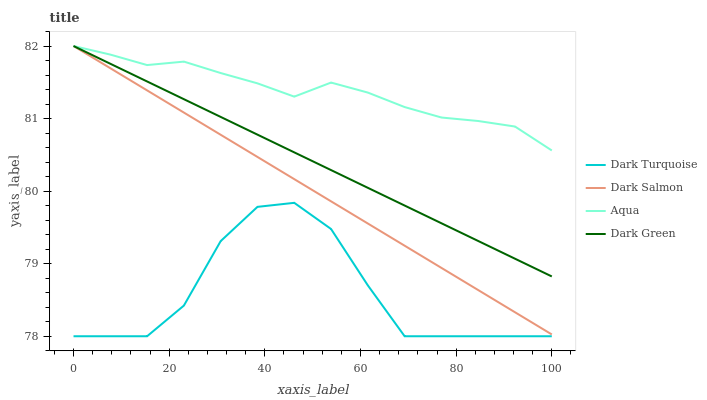
| xaxis_label | Dark Turquoise | Dark Salmon | Aqua | Dark Green |
 | --- | --- | --- | --- | --- |
 | 0 | 78 | 82 | 82 | 82 |
 | 7.69 | 78 | 81.7 | 81.9 | 81.8 |
 | 15.4 | 78 | 81.4 | 81.7 | 81.5 |
 | 23.1 | 78.4 | 81.1 | 81.8 | 81.3 |
 | 30.8 | 79.3 | 80.8 | 81.6 | 81 |
 | 38.5 | 79.8 | 80.5 | 81.5 | 80.8 |
 | 46.2 | 79.8 | 80.2 | 81.3 | 80.5 |
 | 53.8 | 79.5 | 79.9 | 81.5 | 80.3 |
 | 61.5 | 78.7 | 79.6 | 81.4 | 80 |
 | 69.2 | 78 | 79.2 | 81.2 | 79.8 |
 | 76.9 | 78 | 78.9 | 81 | 79.6 |
 | 84.6 | 78 | 78.6 | 81 | 79.3 |
 | 92.3 | 78 | 78.3 | 80.9 | 79.1 |
 | 100 | 78 | 78 | 80.6 | 78.8 |